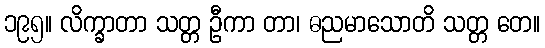
၁၉၅။ လိက္ခာတာ သတ္တ ဦကာ တာ၊ ဓညမာသောတိ သတ္တ တေ။